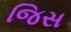
જિસ